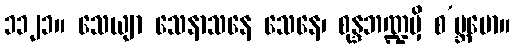
၁၁၂၁။ သေယျာ သေနာသနေ သေနေ၊ စုန္ဒဘဏ္ဍမှိ စ’ဗ္ဘမော။